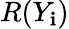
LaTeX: R(Y_{\mathbf{i}})